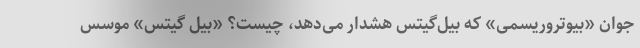
جوان «بیوتروریسمی» که بیل‌گیتس هشدار می‌دهد، چیست؟ «بیل گیتس» موسس